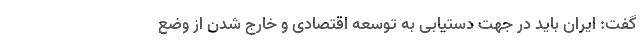
گفت: ایران باید در جهت دستیابی به توسعه اقتصادی و خارج شدن از وضع